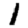
Digit: 1